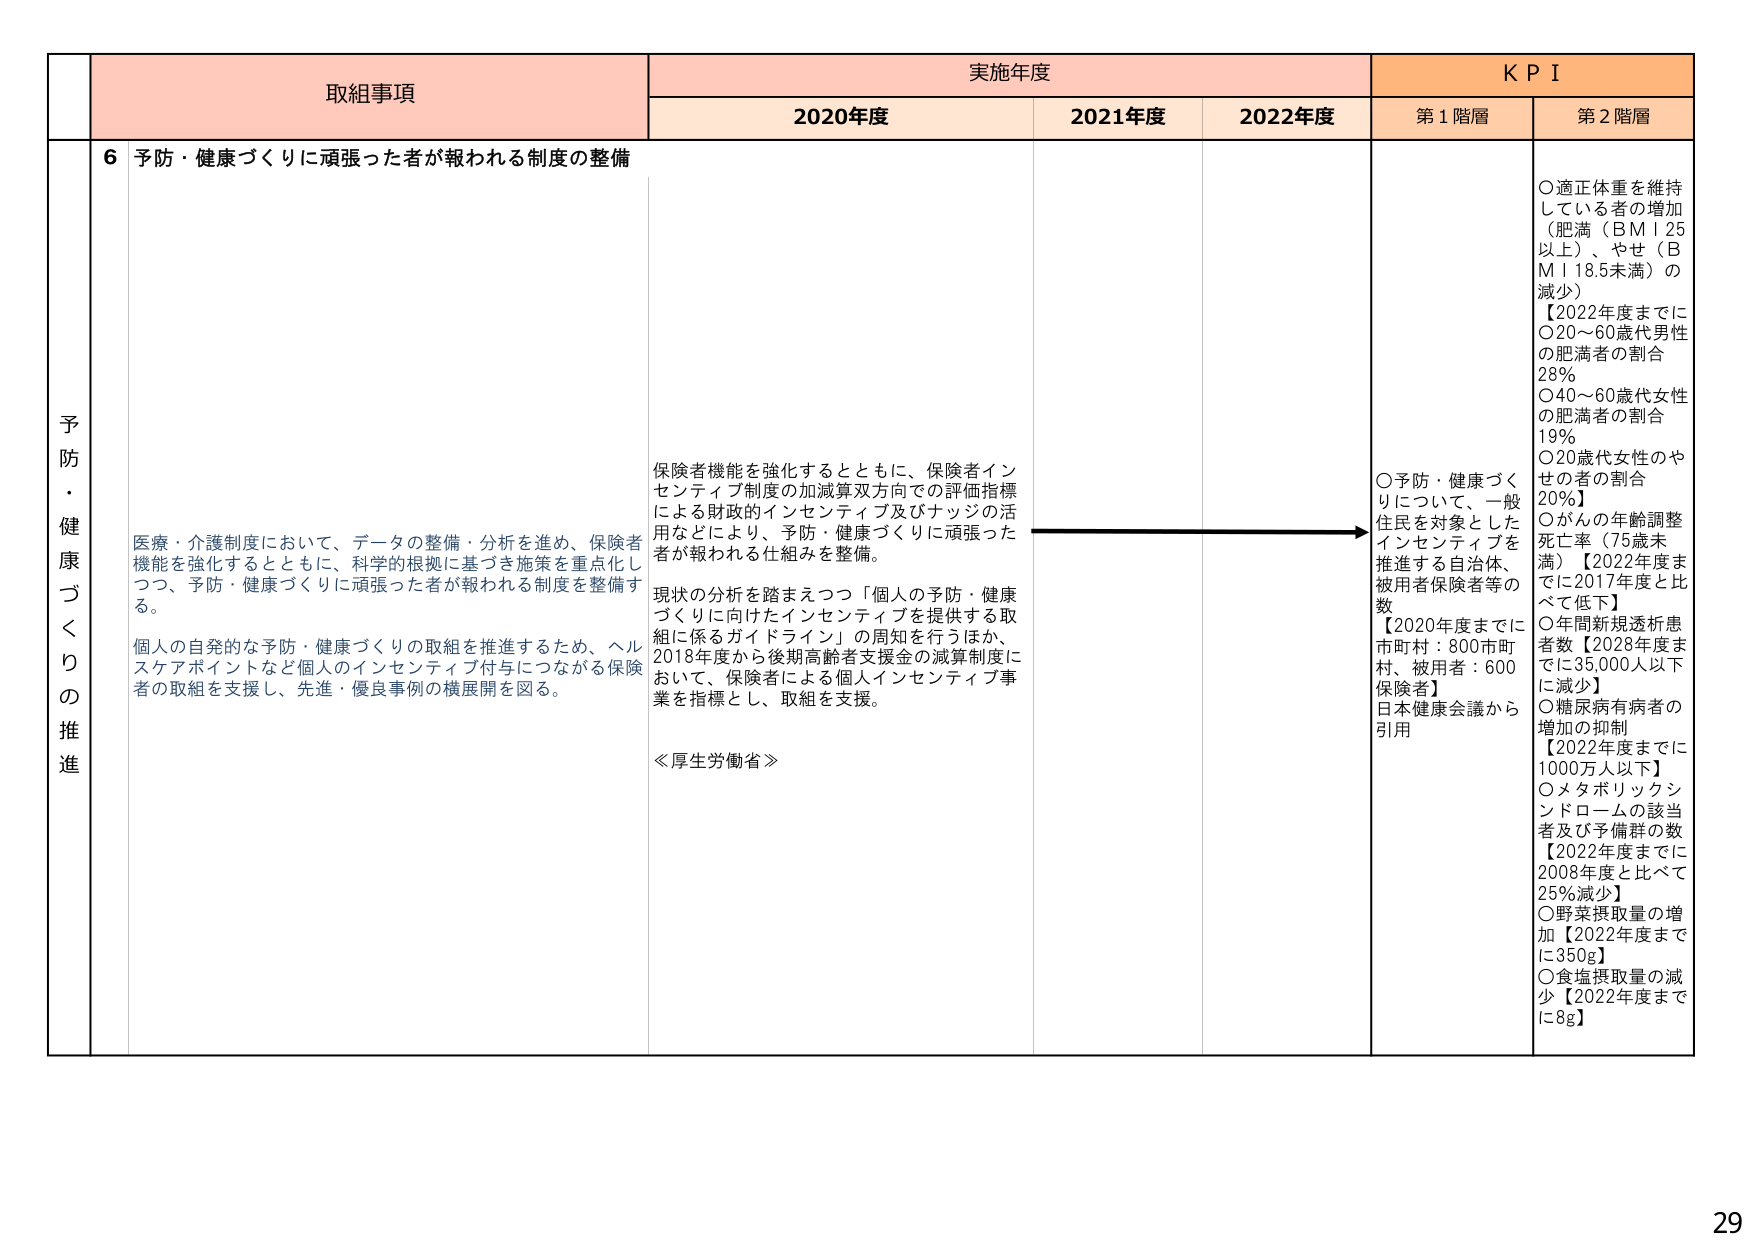
予防・健康づくりの推進

取組事項
6 予防・健康づくりに頑張った者が報われる制度の整備

医療・介護制度において、データの整備・分析を進め、保険者機能を強化するとともに、科学的根拠に基づき施策を重点化しつつ、予防・健康づくりに頑張った者が報われる制度を整備する。

個人の自発的な予防・健康づくりの取組を推進するため、ヘルスケアポイントなど個人のインセンティブ付与につながる保険者の取組を支援し、先進・優良事例の横展開を図る。

実施年度
2020年度
2021年度
2022年度

保険者機能を強化するとともに、保険者インセンティブ制度の加減算双方向での評価指標による財政的インセンティブ及びナッジの活用などにより、予防・健康づくりに頑張った者が報われる仕組みを整備。

現状の分析を踏まえつつ「個人の予防・健康づくりに向けたインセンティブを提供する取組に係るガイドライン」の周知を行うほか、2018年度から後期高齢者支援金の減算制度において、保険者による個人インセンティブ事業を指標とし、取組を支援。

≪厚生労働省≫

KPI
第1階層
○予防・健康づくりについて、一般住民を対象としたインセンティブを推進する自治体、被用者保険者等の数
【2020年度までに市町村：800市町村、被用者：600保険者】
日本健康会議から引用

第2階層
○適正体重を維持している者の増加（肥満（BMI 25以上）、やせ（BMI 18.5未満）の減少）
【2022年度までに
○20～60歳代男性の肥満者の割合 28%
○40～60歳代女性の肥満者の割合 19%
○20歳代女性のやせの者の割合 20%】
○がんの年齢調整死亡率（75歳未満）【2022年度までに2017年度と比べて低下】
○年間新規透析患者数【2028年度までに35,000人以下に減少】
○糖尿病有病者の増加の抑制【2022年度までに1000万人以下】
○メタボリックシンドロームの該当者及び予備群の数【2022年度までに2008年度と比べて25%減少】
○野菜摂取量の増加【2022年度までに350g】
○食塩摂取量の減少【2022年度までに8g】

29